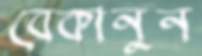
বেকানুন